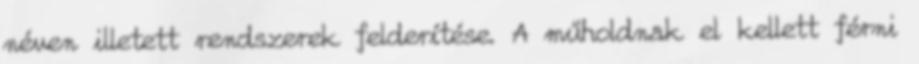
néven illetett rendszerek felderítése. A műholdnak el kellett férni